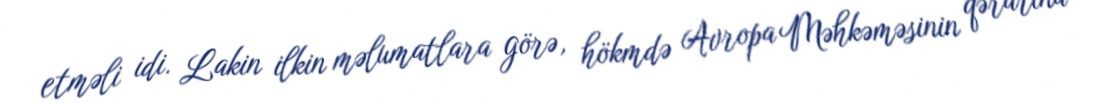
etməli idi. Lakin ilkin məlumatlara görə, hökmdə Avropa Məhkəməsinin qərarına